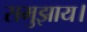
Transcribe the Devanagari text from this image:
समुझाय।